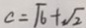
c = \sqrt { 6 } + \sqrt { 2 }